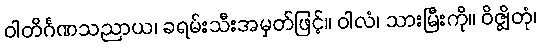
ဝါတိင်္ဂဏသညာယ၊ ခရမ်းသီးအမှတ်ဖြင့်။ ဝါလံ၊ သားမြီးကို။ ဝိဇ္ဈိတုံ၊